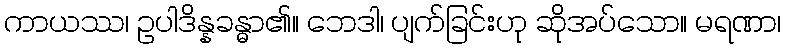
ကာယဿ၊ ဥပါဒိန္နခန္ဓာ၏။ ဘေဒါ၊ ပျက်ခြင်းဟု ဆိုအပ်သော။ မရဏာ၊